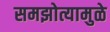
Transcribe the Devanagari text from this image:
समझोत्यामुळे